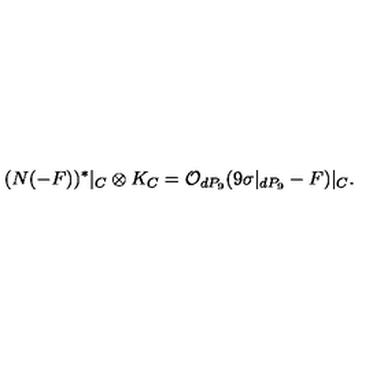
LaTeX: ( N ( - F ) ) ^ { * } | _ { C } \otimes K _ { C } = { \cal O } _ { d P _ { 9 } } ( 9 \sigma | _ { d P _ { 9 } } - F ) | _ { C } .